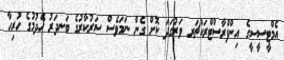
އެމްޓީސީސީގެ އިންފްރާސްޓްރަކްޗަރ ވަރުގަދަ ކޮށް ގެން ނަމަވެސް ސަރުކާރުގެ ބަނދަރު ހެދުމުގެ ހުރިހާ